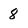
Character: 8